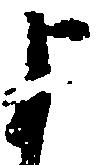
よ